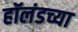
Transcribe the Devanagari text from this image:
हॉलंडच्या